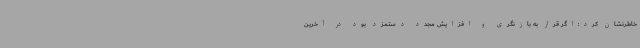
خاطرنشان کرد:اگر قرار به بازنگری و افزایش مجدد دستمزد بود در آخرین